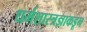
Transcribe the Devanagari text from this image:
धर्मशास्त्रज्ञाकडून